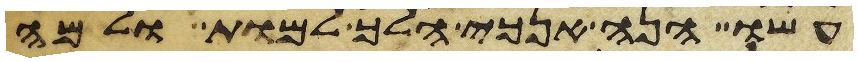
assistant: עשו הנה אנכי הלך למות ולמה